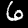
Label: 6